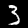
Digit: 3